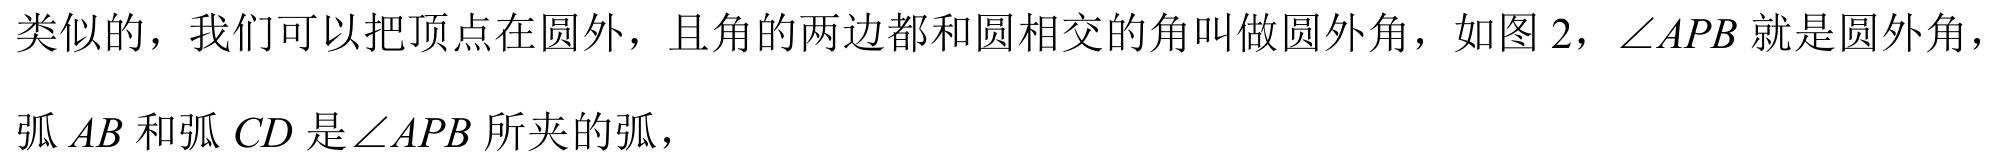
类似的，我们可以把顶点在圆外，且角的两边都和圆相交的角叫做圆外角，如图 2，\(\angle APB\)就是圆外角，
弧\(AB\)和弧\(CD\)是\(\angle APB\)所夹的弧，